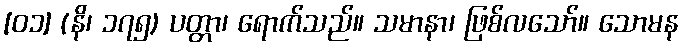
[၀၁] (နိ၊ ၁၇၅) ပတ္တာ၊ ရောက်သည်။ သမာနာ၊ ဖြစ်လသော်။ သောမန